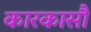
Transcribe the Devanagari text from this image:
कारकासौं